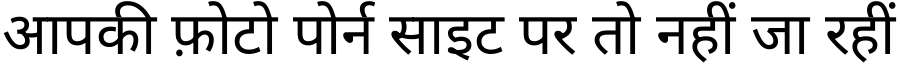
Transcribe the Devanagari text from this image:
आपकी फ़ोटो पोर्न साइट पर तो नहीं जा रहीं